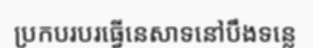
ប្រកបរបរធ្វើនេសាទនៅបឹងទន្លេ